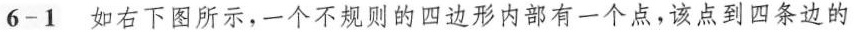
6-1 如右下图所示，一个不规则的四边形内部有一个点，该点到四条边的